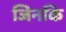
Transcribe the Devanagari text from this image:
जिनकि